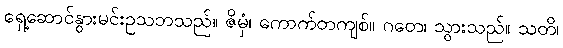
ရှေ့ဆောင်နွားမင်းဥသဘသည်။ ဇိမှံ၊ ကောက်တကျစ်။ ဂတေ၊ သွားသည်။ သတိ၊